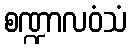
စဏ္ဍာလဝံသံ